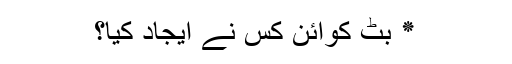
٭ بٹ کوائن کس نے ایجاد کیا؟